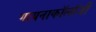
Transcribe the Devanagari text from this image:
गायनाकॉलॉजी